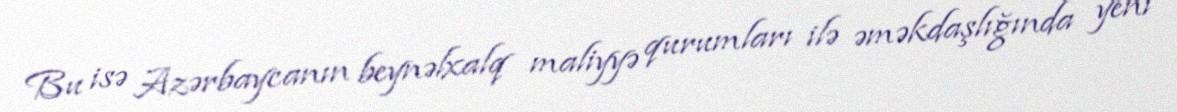
Bu isə Azərbaycanın beynəlxalq maliyyə qurumları ilə əməkdaşlığında yeni